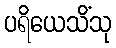
ပရိယေသိံသု